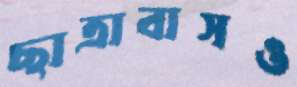
ছাত্রাবাসও